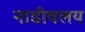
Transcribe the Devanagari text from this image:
नाडीवलय